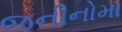
જનીનોમા